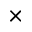
\times